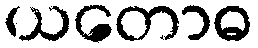
ယတောဓ